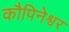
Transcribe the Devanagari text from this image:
कौपिनेश्वर